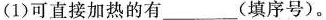
(1)可直接加热的有_________(填序号)。